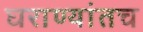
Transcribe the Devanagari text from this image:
घराण्यांतच